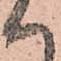
ハ